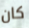
كان